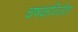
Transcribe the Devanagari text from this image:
चषकविजेता